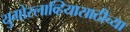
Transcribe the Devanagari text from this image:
युगोस्लाव्हियासाठीच्या